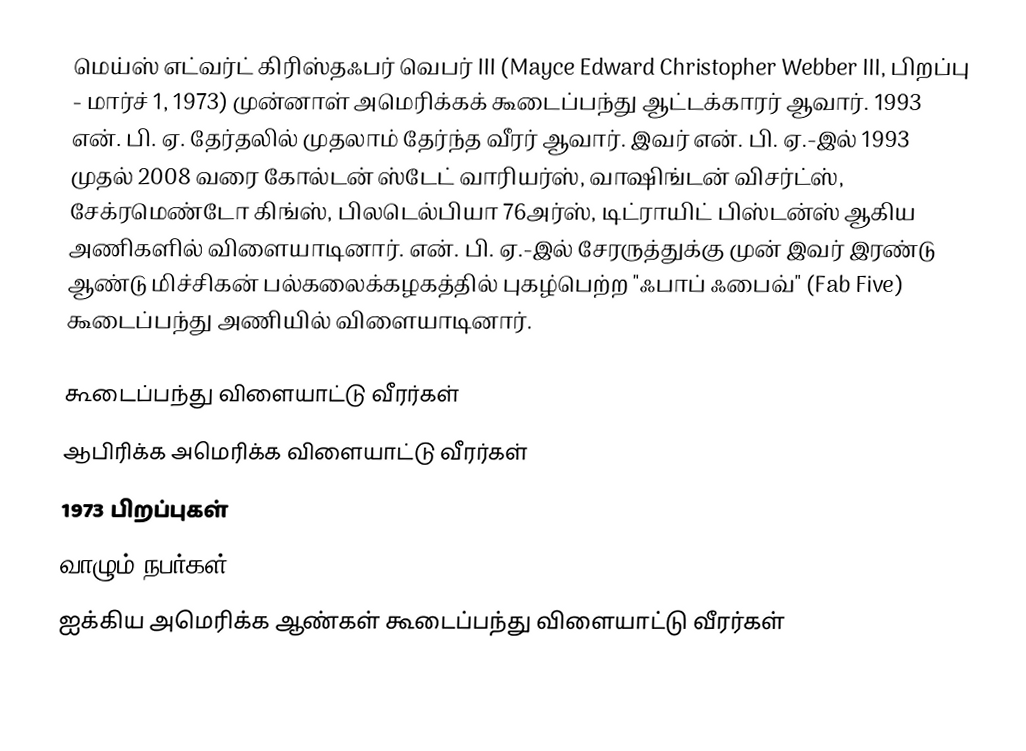
மெய்ஸ் எட்வர்ட் கிரிஸ்தஃபர் வெபர் III (Mayce Edward Christopher Webber III, பிறப்பு - மார்ச் 1, 1973) முன்னாள் அமெரிக்கக் கூடைப்பந்து ஆட்டக்காரர் ஆவார். 1993 என். பி. ஏ. தேர்தலில் முதலாம் தேர்ந்த வீரர் ஆவார். இவர் என். பி. ஏ.-இல் 1993 முதல் 2008 வரை கோல்டன் ஸ்டேட் வாரியர்ஸ், வாஷிங்டன் விசர்ட்ஸ், சேக்ரமெண்டோ கிங்ஸ், பிலடெல்பியா 76அர்ஸ், டிட்ராயிட் பிஸ்டன்ஸ் ஆகிய அணிகளில் விளையாடினார். என். பி. ஏ.-இல் சேரருத்துக்கு முன் இவர் இரண்டு ஆண்டு மிச்சிகன் பல்கலைக்கழகத்தில் புகழ்பெற்ற "ஃபாப் ஃபைவ்" (Fab Five) கூடைப்பந்து அணியில் விளையாடினார்.

கூடைப்பந்து விளையாட்டு வீரர்கள்
ஆபிரிக்க அமெரிக்க விளையாட்டு வீரர்கள்
1973 பிறப்புகள்
வாழும் நபர்கள்
ஐக்கிய அமெரிக்க ஆண்கள் கூடைப்பந்து விளையாட்டு வீரர்கள்